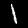
Digit: 1